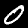
Digit: 0